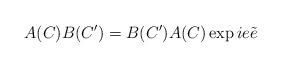
LaTeX: \begin{align*}A(C) B(C') = B(C') A(C) \exp i e \tilde{e}\end{align*}